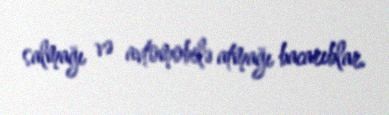
salmağı və avtomobilə atmağı bacarıblar.